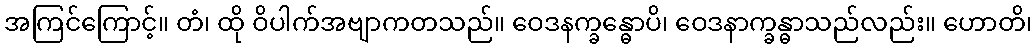
အကြင်ကြောင့်။ တံ၊ ထို ဝိပါက်အဗျာကတသည်။ ဝေဒနက္ခန္ဓောပိ၊ ဝေဒနာက္ခန္ဓာသည်လည်း။ ဟောတိ၊